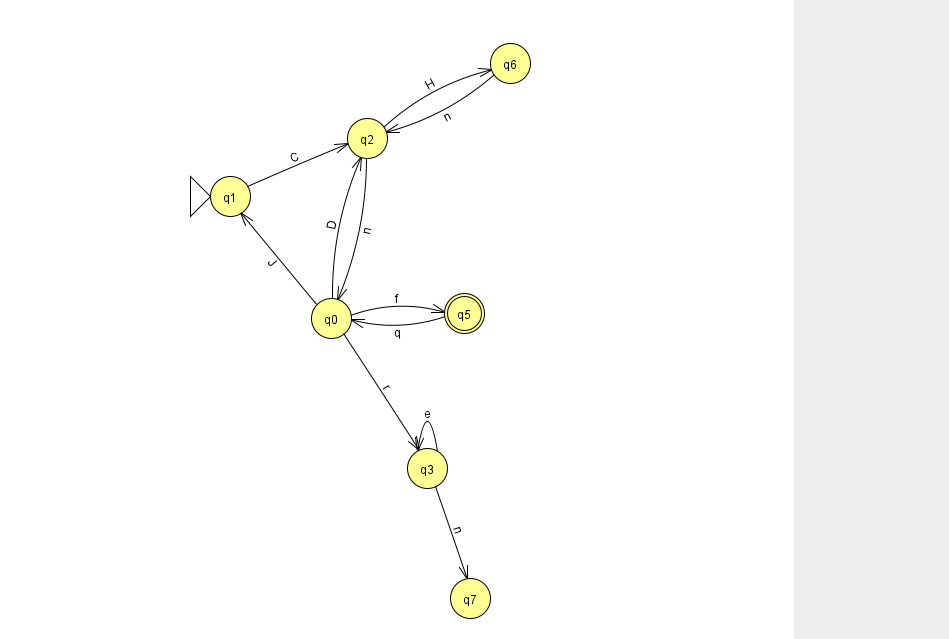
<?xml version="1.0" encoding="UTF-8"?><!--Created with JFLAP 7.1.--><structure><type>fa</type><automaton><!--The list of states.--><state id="0" name="q0"><x>331.0</x><y>305.0</y></state><state id="1" name="q1"><x>230.0</x><y>183.0</y><initial/></state><state id="2" name="q2"><x>367.0</x><y>125.0</y></state><state id="3" name="q3"><x>427.0</x><y>455.0</y></state><state id="5" name="q5"><x>464.0</x><y>300.0</y><final/></state><state id="6" name="q6"><x>510.0</x><y>50.0</y></state><state id="7" name="q7"><x>470.0</x><y>585.0</y></state><!--The list of transitions.--><transition><from>2</from><to>6</to><read>H</read></transition><transition><from>0</from><to>2</to><read>D</read></transition><transition><from>3</from><to>7</to><read>n</read></transition><transition><from>1</from><to>2</to><read>C</read></transition><transition><from>3</from><to>3</to><read>e</read></transition><transition><from>6</from><to>2</to><read>n</read></transition><transition><from>0</from><to>3</to><read>r</read></transition><transition><from>2</from><to>0</to><read>n</read></transition><transition><from>0</from><to>5</to><read>f</read></transition><transition><from>0</from><to>1</to><read>J</read></transition><transition><from>5</from><to>0</to><read>q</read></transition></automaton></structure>